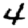
Digit: 4